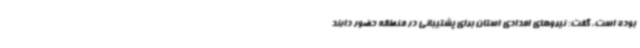
بوده است، گفت: نیروهای امدادی استان برای پشتیبانی در منطقه حضور دارند